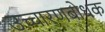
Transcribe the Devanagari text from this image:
उच्चारणबोधक